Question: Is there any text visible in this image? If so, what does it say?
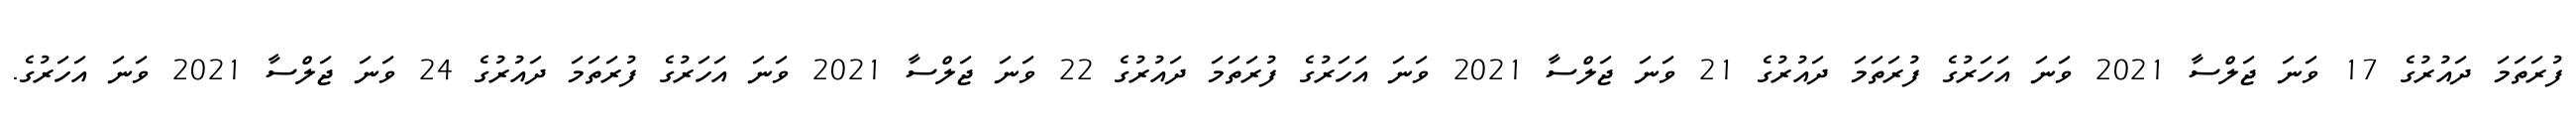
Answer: ފުރަތަމަ ދައުރުގެ 17 ވަނަ ޖަލްސާ 2021 ވަނަ އަހަރުގެ ފުރަތަމަ ދައުރުގެ 21 ވަނަ ޖަލްސާ 2021 ވަނަ އަހަރުގެ ފުރަތަމަ ދައުރުގެ 22 ވަނަ ޖަލްސާ 2021 ވަނަ އަހަރުގެ ފުރަތަމަ ދައުރުގެ 24 ވަނަ ޖަލްސާ 2021 ވަނަ އަހަރުގެ.